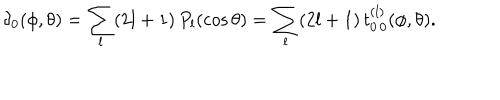
\delta _ { 0 } ( \phi , \theta ) = \sum _ { l } ( 2 l + 1 ) \, P _ { l } ( \cos \theta ) = \sum _ { l } ( 2 l + 1 ) \, t _ { 0 \, 0 } ^ { ( l ) } ( \phi , \theta ) .